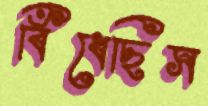
বিঁধেছিস